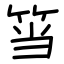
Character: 筜